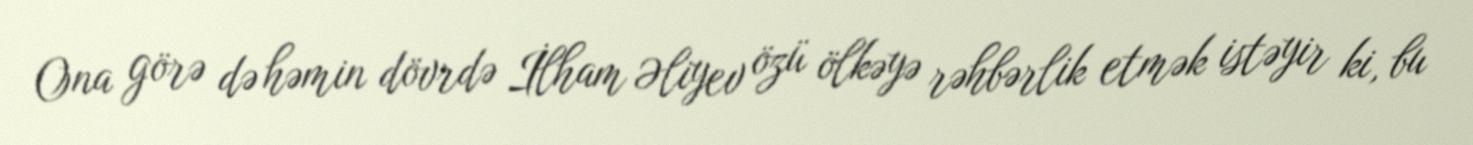
Ona görə də həmin dövrdə İlham Əliyev özü ölkəyə rəhbərlik etmək istəyir ki, bu